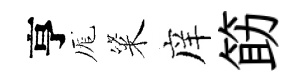
亨厖粢庠筯